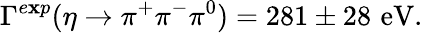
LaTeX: \Gamma^{e\mathbf{x}p}(\eta\rightarrow\pi^{+}\pi^{-}\pi^{0})=281\pm28\, \, \mathrm{{eV}}.